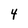
Character: 4